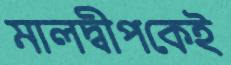
মালদ্বীপকেই